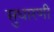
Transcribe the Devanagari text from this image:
सुधारणी